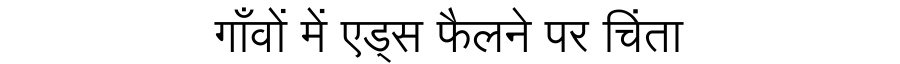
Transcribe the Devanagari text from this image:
गाँवों में एड्स फैलने पर चिंता